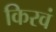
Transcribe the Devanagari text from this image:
किरवं